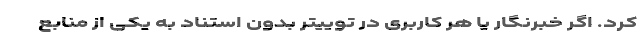
کرد. اگر خبرنگار یا هر کاربری در توییتر بدون استناد به یکی از منابع